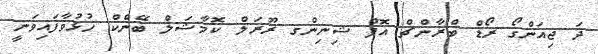
ދަ ޖިއަންގޯ ރޯޑް ބްރާންޗް އޮފް ޝިނިންގ ރޫރަލް ކޮމާޝަލް ބޭންކް ހުޅުވާފައިވަނީ